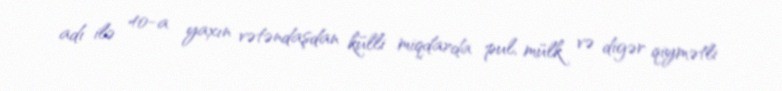
adı ilə 40-a yaxın vətəndaşdan külli miqdarda pul, mülk və digər qiymətli